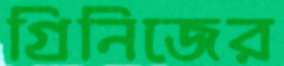
গ্রিনিজের